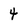
Character: 4